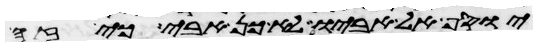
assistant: יוסף אל אביו לא כן אבי כי זה